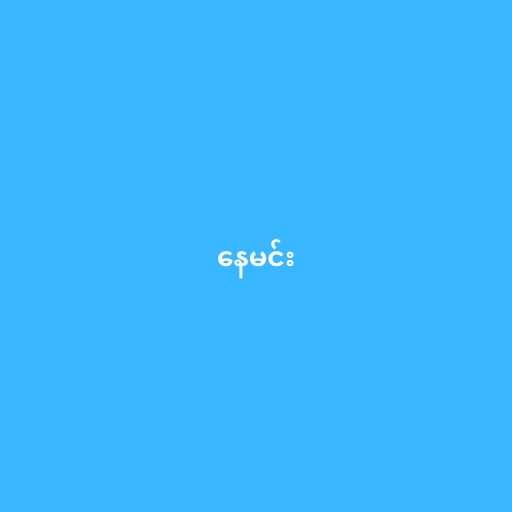
နေမင်း